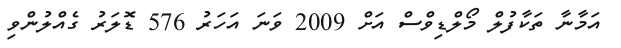
އަމާނާ ތަކާފުލް މޯލްޑިވްސް އަށް 2009 ވަނަ އަހަރު 576 ޑޮލަރު ގެއްލުންވި